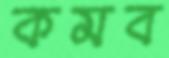
কমব